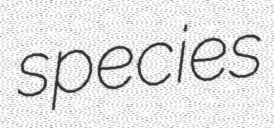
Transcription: species